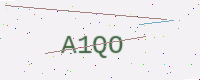
Text: A1QO